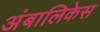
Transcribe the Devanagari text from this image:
अंबालिकेस